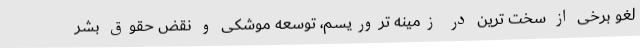
لغو برخی از سخت ترین در زمینه تروریسم، توسعه موشکی و نقض حقوق بشر